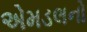
એમડલનો